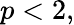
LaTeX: p<2,